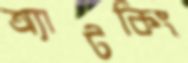
অ্যাটকিং